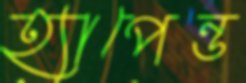
হ্যাপেন্ড